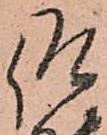
仰